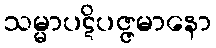
သမ္မာပဋိပဇ္ဇမာနော